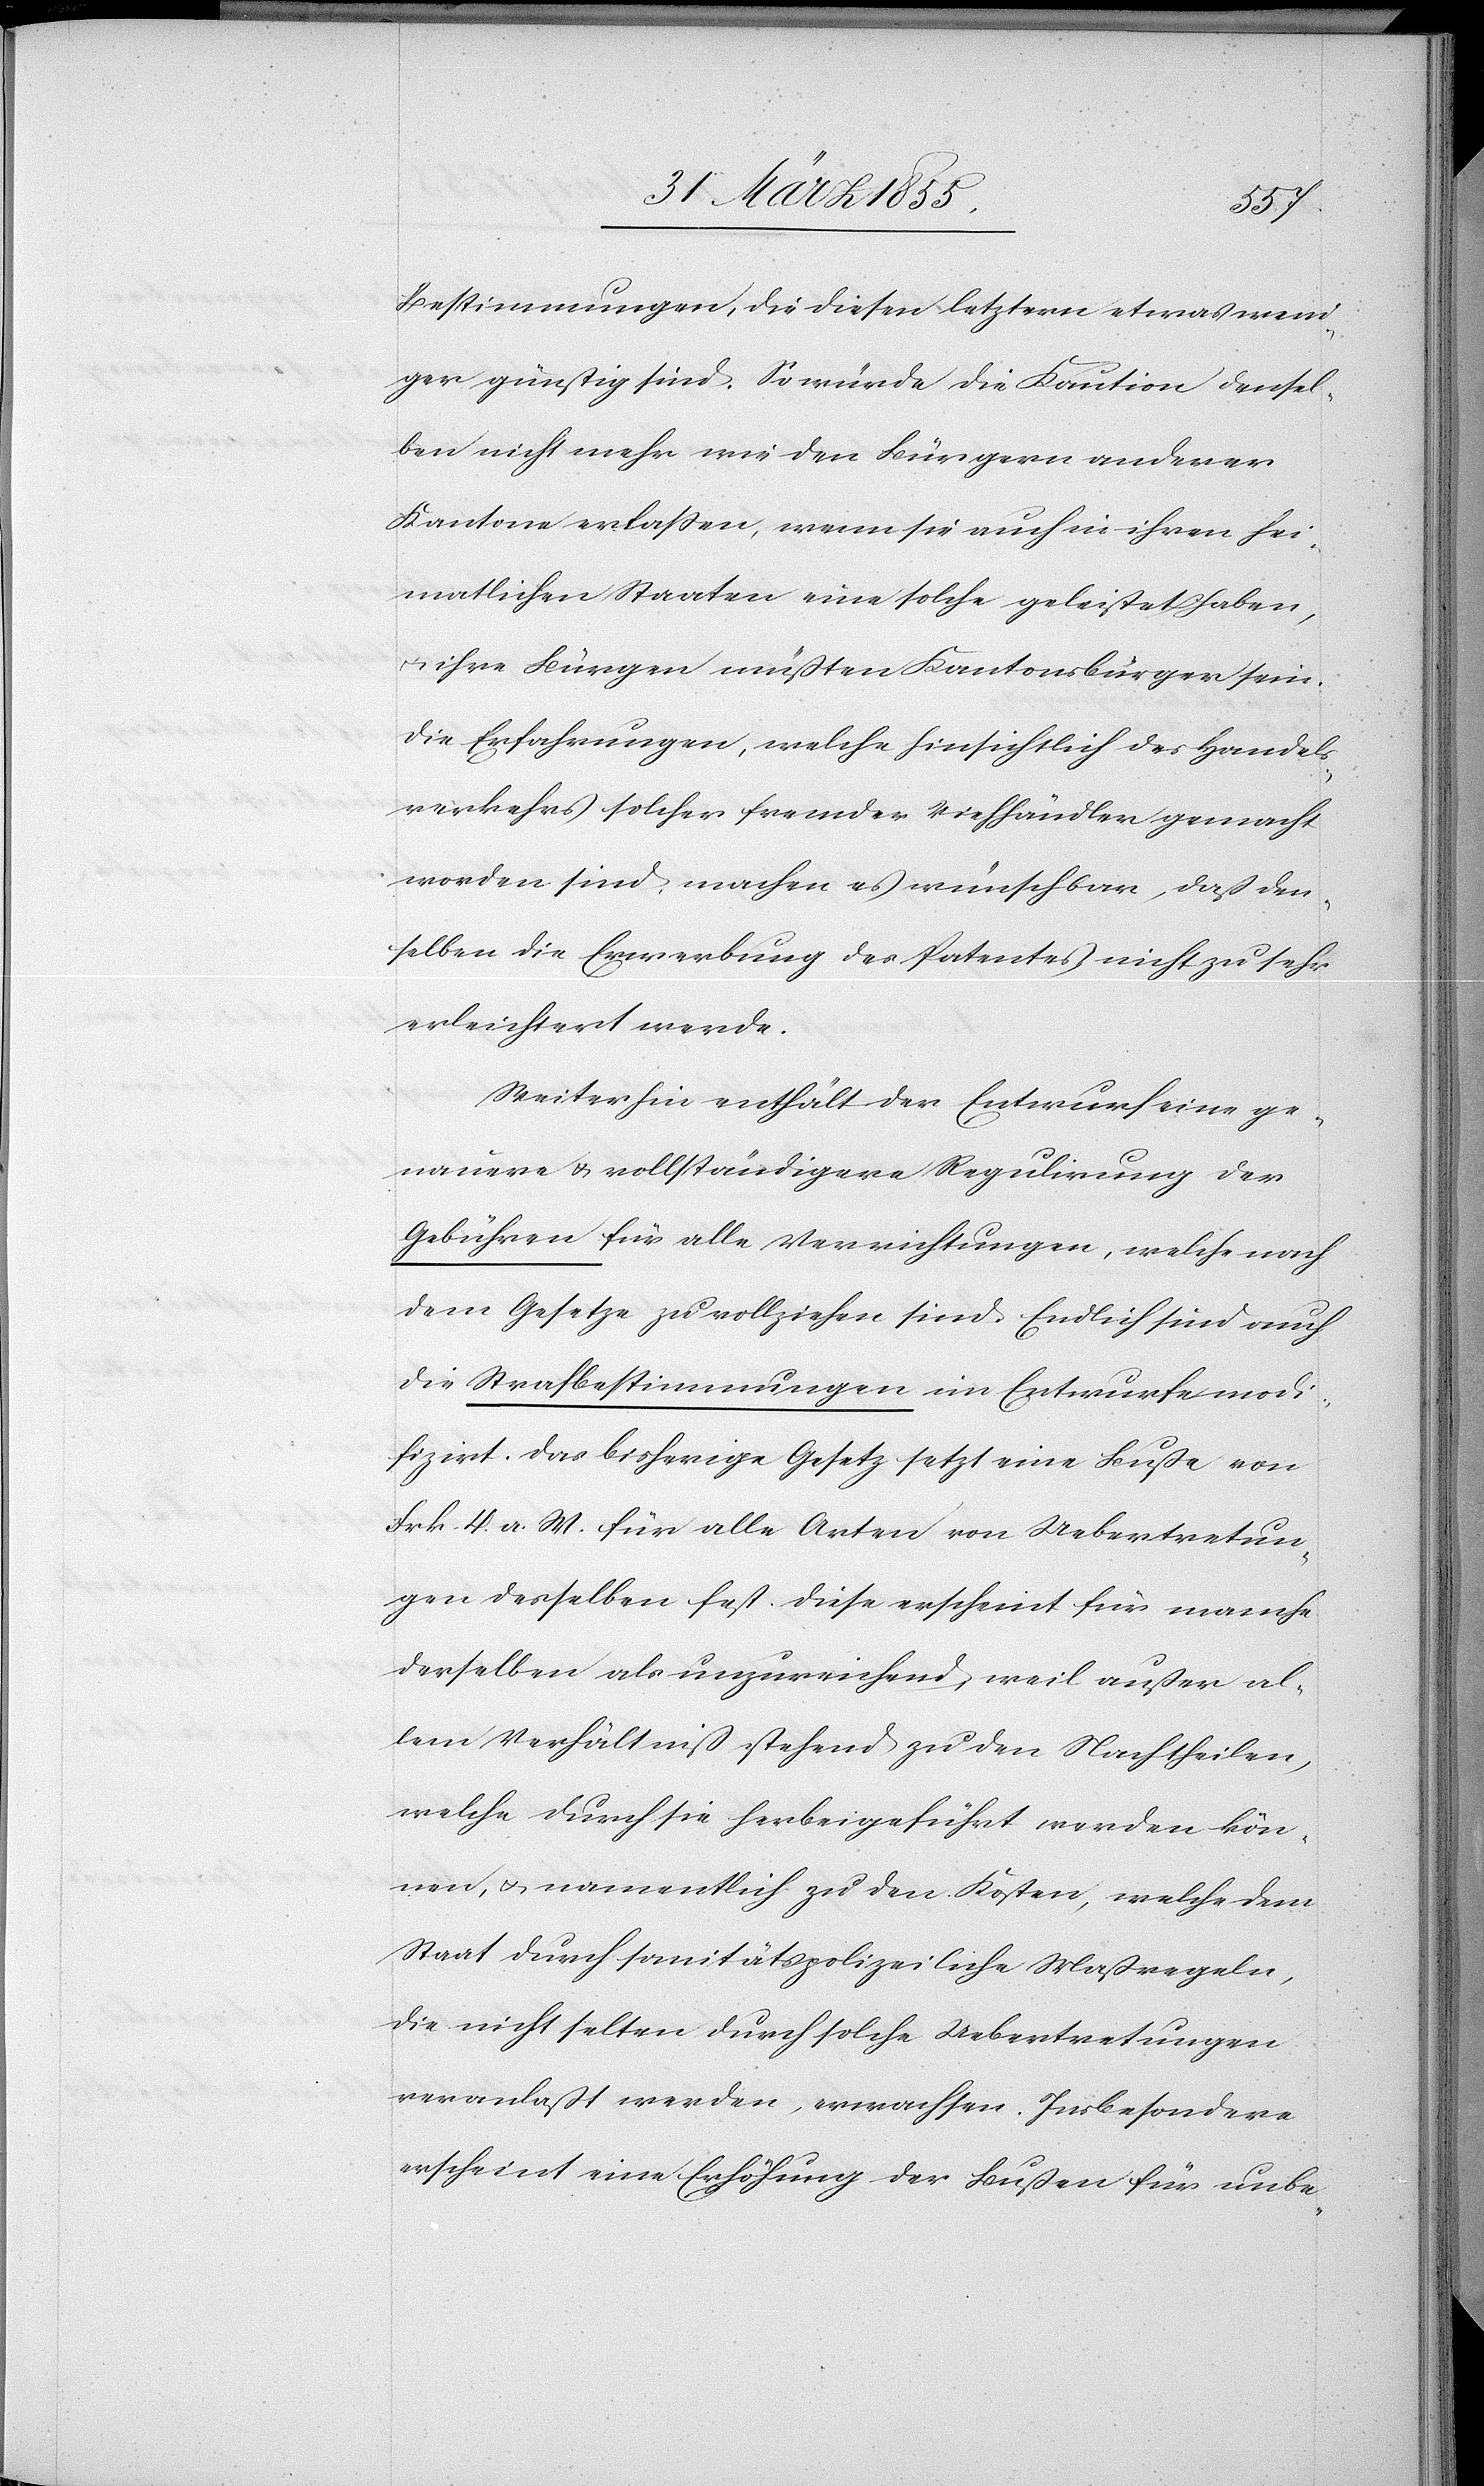
Bestimmungen, die diesen letztern etwas weni¬
ger günstig sind. So würde die Kaution densel¬
ben nicht mehr wie den Bürgern anderer
Kantone erlassen, wenn sie auch in ihren hei¬
matlichen Staaten eine solche geleistet haben,
& ihre Bürgen müßten Kantonsbürger sein.
Die Erfahrungen, welche hinsichtlich des Handels¬
verkehrs solcher fremder Viehhändler gemacht
worden sind, machen es wünschbar, daß den¬
selben die Erwerbung des Patentes nicht zu sehr
erleichtert werde.
Weiterhin enthält der Entwurf eine ge¬
nauere & vollständigere Regulirung der
Gebühren für alle Verrichtungen, welche nach
dem Gesetze zu vollziehen sind. Endlich sind auch
die Strafbestimmungen im Entwurfe modi¬
fizirt. Das bisherige Gesetz setzt eine Buße von
Frk. 4. a. W. für alle Arten von Uebertretun¬
gen desselben fest. Diese erscheint für manche
derselben als unzureichend, weil außer al¬
lem Verhältniß stehend zu den Nachtheilen,
welche durch sie herbeigeführt werden kön¬
nen, & namentlich zu den Kosten, welche dem
Staat durch sanitätspolizeiliche Maßregeln,
die nicht selten durch solche Uebertretungen
veranlaßt werden, erwachsen. Insbesondere
erscheint eine Erhöhung der Bußen für unbe-